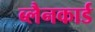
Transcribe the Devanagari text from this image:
ब्लैनकार्ड